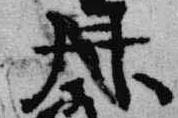
井